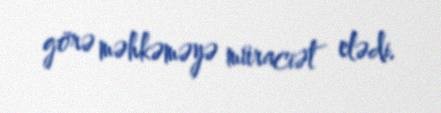
görə məhkəməyə müraciət elədi.